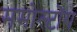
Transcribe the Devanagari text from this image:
ममोस्टोंग